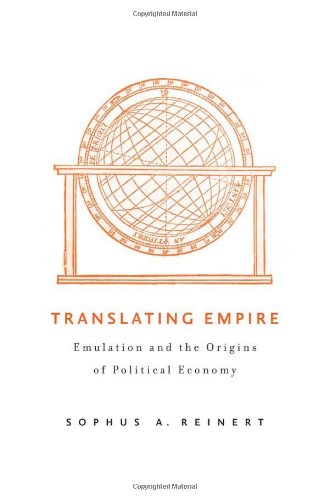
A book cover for Translating Empire: Emulation and the Origins of Political Economy; Sophus A. Reinert; Business & Money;